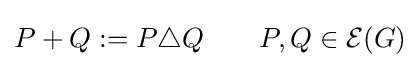
P+Q:=P\triangle Q\qquad P,Q\in {\mathcal {E}}(G)